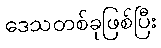
ဒေသတစ်ခုဖြစ်ပြီး